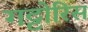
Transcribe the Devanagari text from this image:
गट्टोरिस